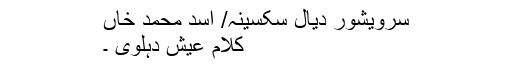
سرویشور دیال سکسینہ/ اسد محمد خاں
کلام عیش ؔدہلوی ۔